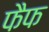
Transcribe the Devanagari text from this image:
फैफ